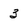
Character: 3